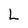
Character: L